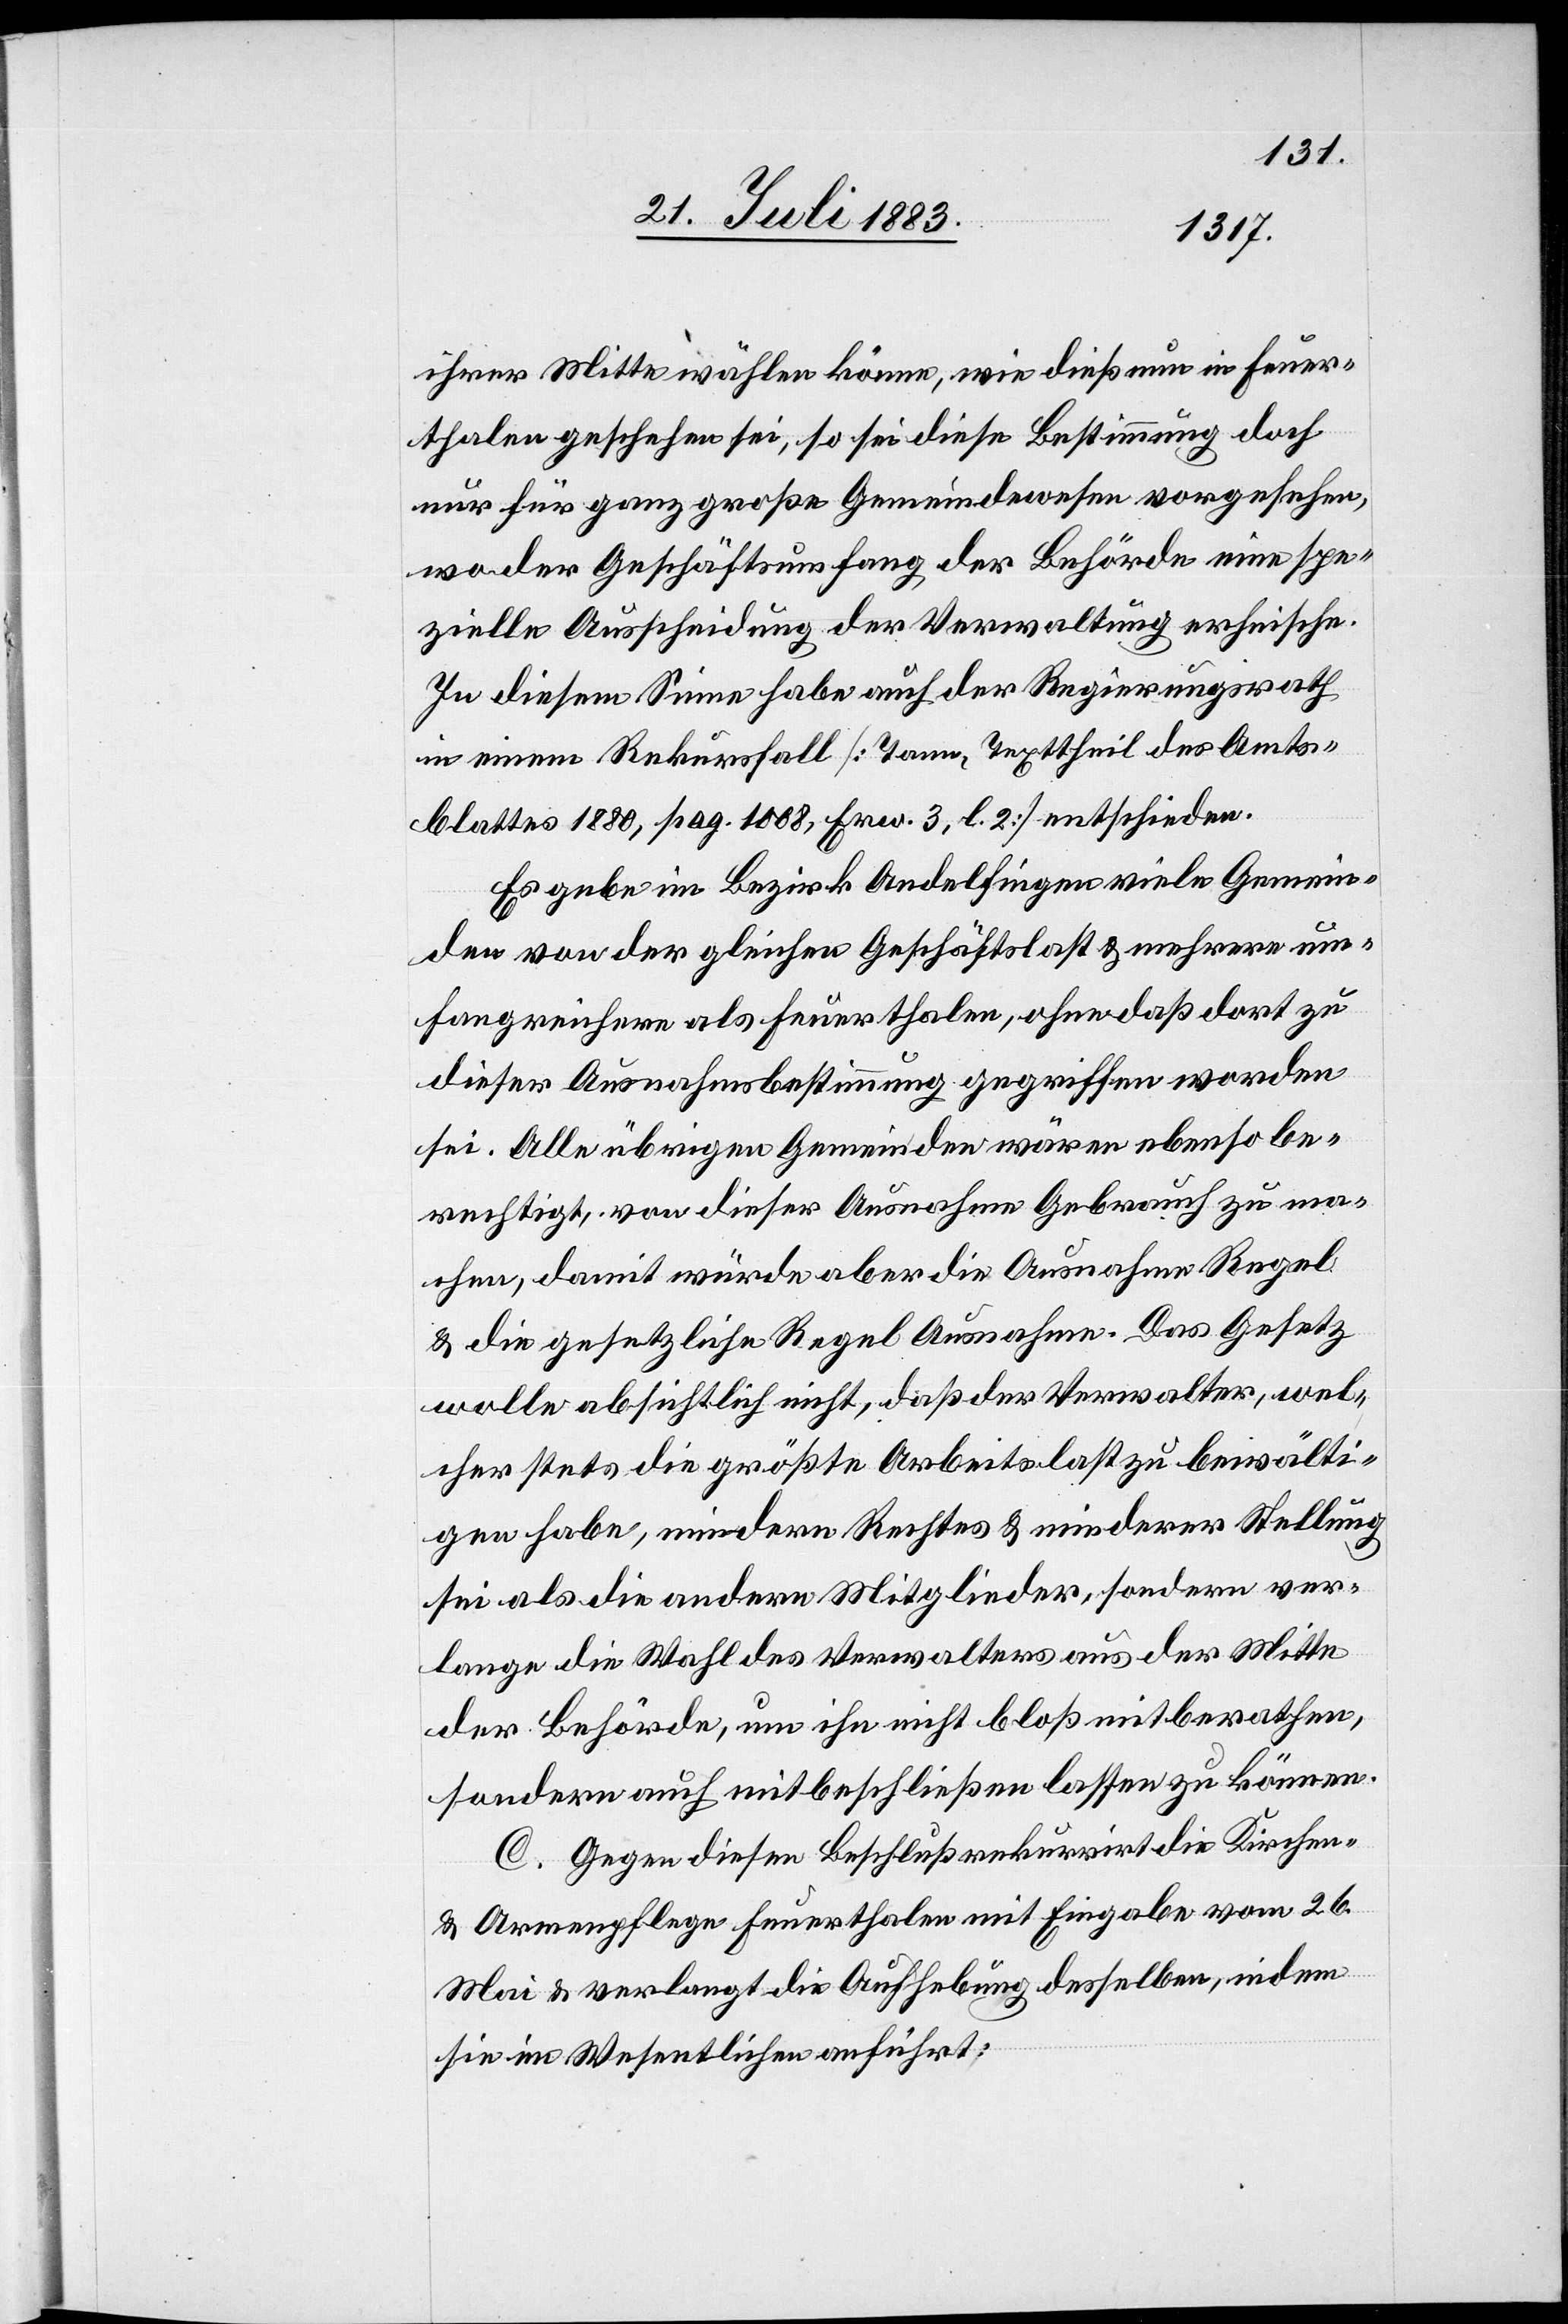
ihrer Mitte wählen könne, wie dieß nun in Feuer¬
thalen geschehen sei, so sei diese Bestimmung doch
nur für ganz große Gemeindewesen vorgesehen,
wo der Geschäftsumfang der Behörde eine spe¬
zielle Ausscheidung der Verwaltung erheische.
In diesem Sinne habe auch der Regierungsrath
in einem Rekursfall [Tann, Texttheil des Amts¬
blattes 1880, pag. 1008, Erw. 3, l. 2] entschieden.
Es gebe im Bezirk Andelfingen viele Gemein¬
den von der gleichen Geschäftslast & mehrere um¬
fangreichere als Feuerthalen, ohne daß dort zu
dieser Ausnahmsbestimmung gegriffen worden
sei. Alle übrigen Gemeinden wären ebenso be¬
rechtigt, von dieser Ausnahme Gebrauch zu ma¬
chen, damit würde aber die Ausnahme Regel
& die gesetzliche Regel Ausnahme. Das Gesetz
wolle absichtlich nicht, daß der Verwalter, wel¬
cher stets die größte Arbeitslast zu bewälti¬
gen habe, mindern Rechtes & minderer Stellung
sei als die andern Mitglieder, sondern ver¬
lange die Wahl des Verwalters aus der Mitte
der Behörde, um ihn nicht bloß mitberathen,
sondern auch mitbeschließen lassen zu können.
C. Gegen diesen Beschluß rekurrirt die Kirchen-
& Armenpflege Feuerthalen mit Eingabe vom 26.
Mai & verlangt die Aufhebung desselben, indem
sie im Wesentlichen anführt: